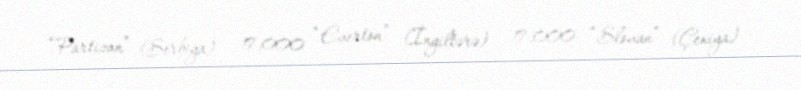
“Partizan” (Serbiya) – 17,000 “Everton” (İngiltərə) – 17,000 “Slovan” (Çexiya)